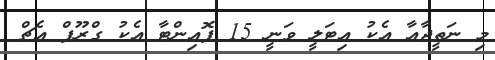
މި ނަތީޖާއާ އެކު އިޓަލީ ވަނީ 15 ޕޮއިންޓާ އެކު ގްރޫޕް އެޗް